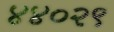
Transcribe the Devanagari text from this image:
४४०२९